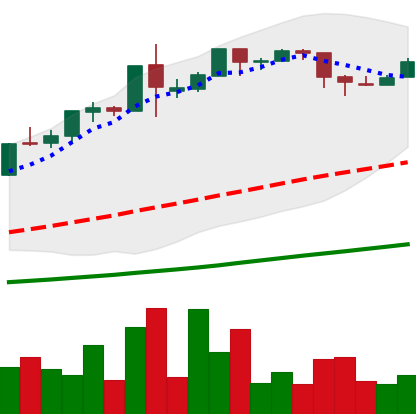
Ticker: BTC-USD
Chart end date: 2015-12-24
Forward return: -4.836%
Label: down_3_5